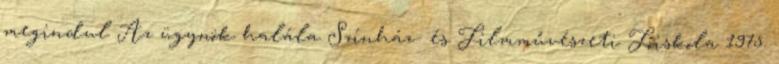
megindul Az ügynök halála Színház- és Filmművészeti Főiskola 1975.